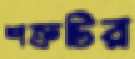
শত্রুটির